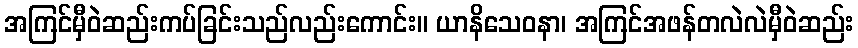
အကြင်မှီဝဲဆည်းကပ်ခြင်းသည်လည်းကောင်း။ ယာနိသေဝနာ၊ အကြင်အဖန်တလဲလဲမှီဝဲဆည်း